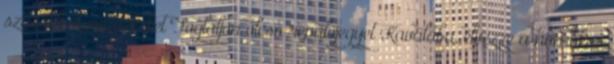
századi vízvezetékeket Foglaljon olcsó repülőjegyet Kavalába, élvezze a homokos